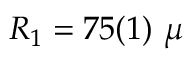
R _ { 1 } = 7 5 ( 1 ) \ \mu